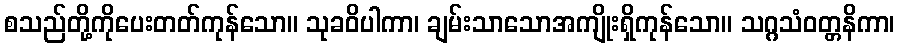
စသည်တို့ကိုပေးတတ်ကုန်သော။ သုခဝိပါကာ၊ ချမ်းသာသောအကျိုးရှိကုန်သော။ သဂ္ဂသံဝတ္တနိကာ၊